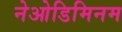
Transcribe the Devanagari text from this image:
नेओडिमिनम